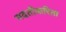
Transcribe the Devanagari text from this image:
मदतीकरिता